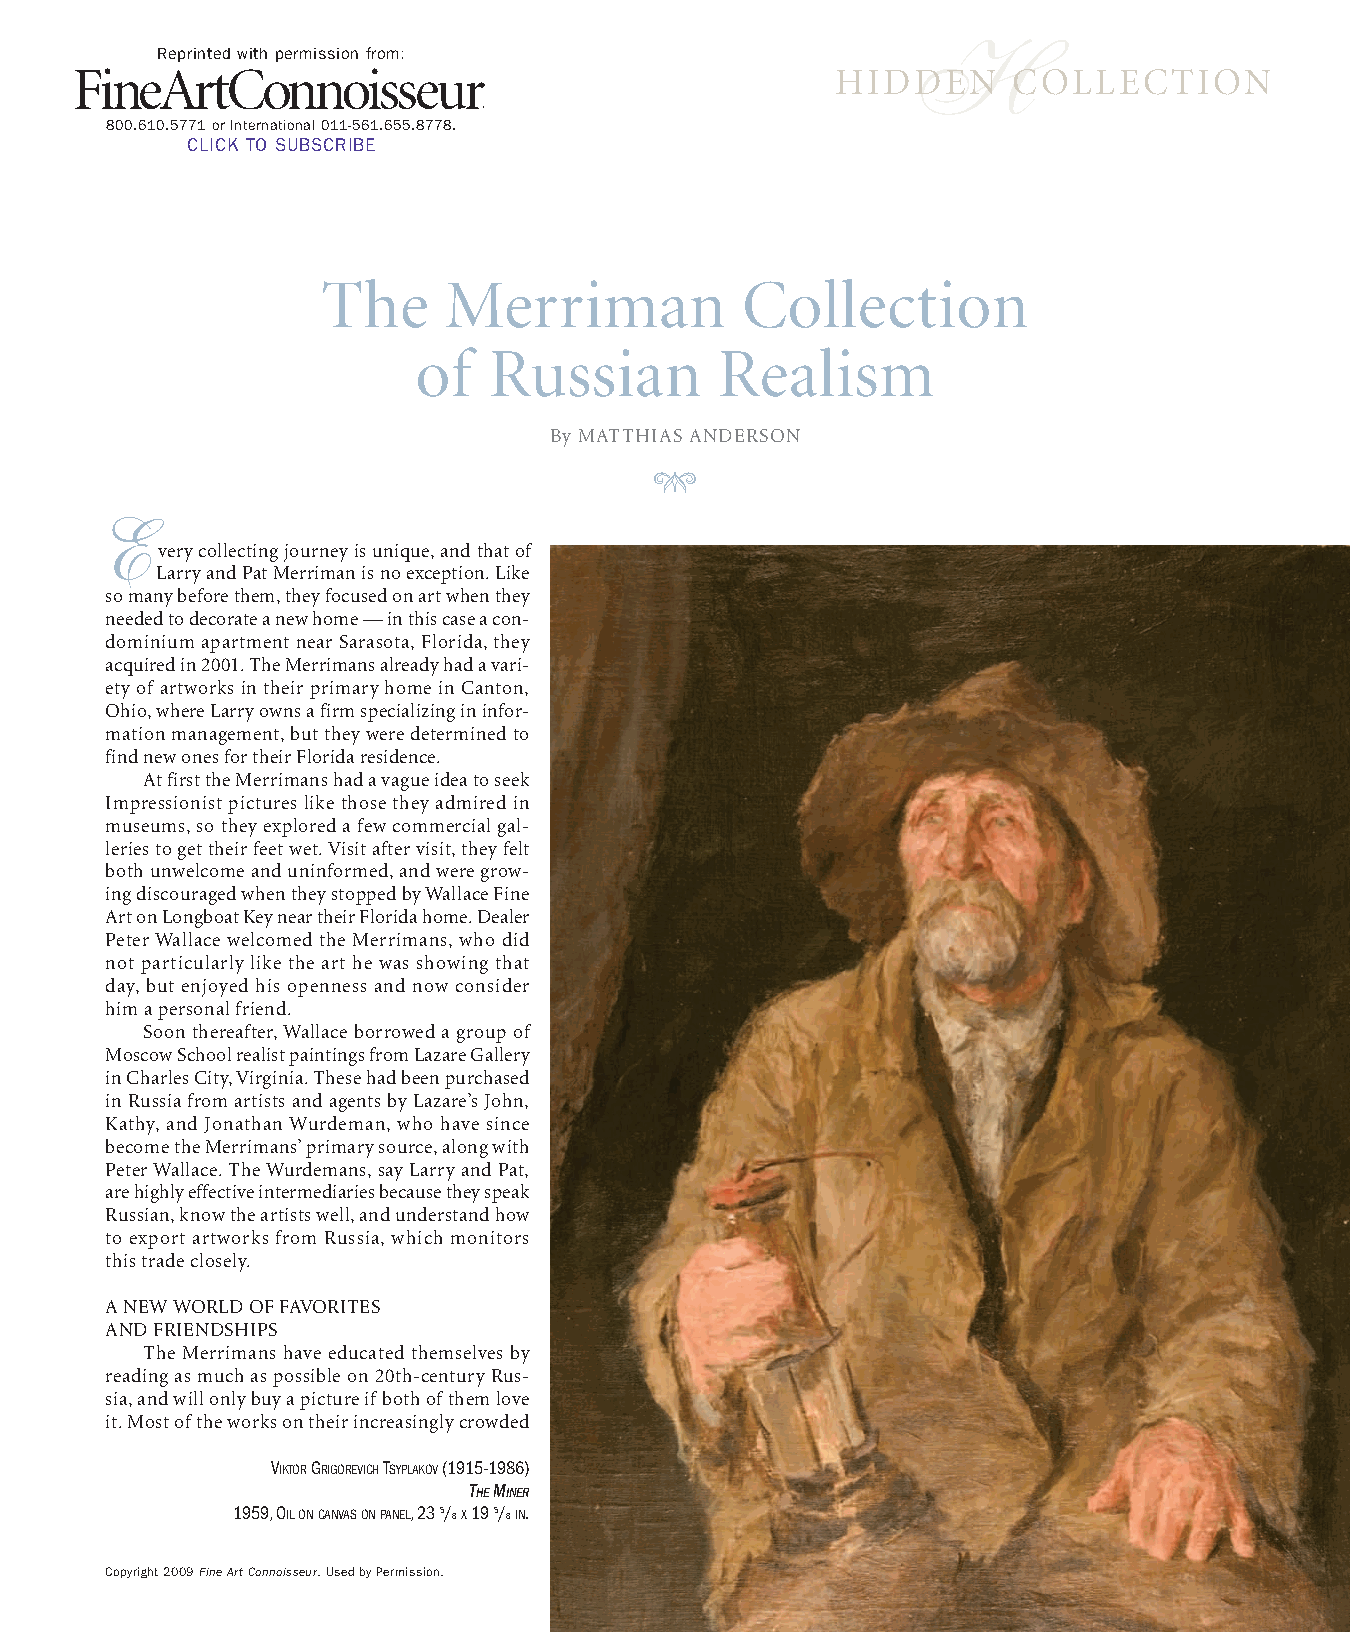
Reprinted with permission from:                    H
 HIDDEN      COLLECTION
 800.610.5771 or International 011-561.655.8778.
 CLICK TO SUBSCRIBE
 The     Merriman            Collection
 of  Russian         Realism
 By MATTHIAS ANDERSON
 GH
 E
 very collecting journey is unique, and that of
 Larry and Pat Merriman is no exception. Like
 so many before them, they focused on art when they
 needed to decorate a new home — in this case a con-
 dominium apartment near Sarasota, Florida, they
 acquired in 2001. The Merrimans already had a vari-
 ety of artworks in their primary home in Canton,
 Ohio, where Larry owns a firm specializing in infor-
 mation management, but they were determined to
 find new ones for their Florida residence.
 At first the Merrimans had a vague idea to seek
 Impressionist pictures like those they admired in
 museums, so they explored a few commercial gal-
 leries to get their feet wet. Visit after visit, they felt
 both unwelcome and uninformed, and were grow-
 ing discouraged when they stopped by Wallace Fine
 Art on Longboat Key near their Florida home. Dealer
 Peter Wallace welcomed the Merrimans, who did
 not particularly like the art he was showing that
 day, but enjoyed his openness and now consider
 him a personal friend.
 Soon thereafter, Wallace borrowed a group of
 Moscow School realist paintings from Lazare Gallery
 in Charles City, Virginia. These had been purchased
 in Russia from artists and agents by Lazare’s John,
 Kathy, and Jonathan Wurdeman, who have since
 become the Merrimans’ primary source, along with
 Peter Wallace. The Wurdemans, say Larry and Pat,
 are highly effective intermediaries because they speak
 Russian, know the artists well, and understand how
 to export artworks from Russia, which monitors
 this trade closely.
 A NEW WORLD OF FAVORITES
 AND FRIENDSHIPS
 The Merrimans have educated themselves by
 reading as much as possible on 20th-century Rus-
 sia, and will only buy a picture if both of them love
 it. Most of the works on their increasingly crowded
 VIKTORGRIGOREVICHTSYPLAKOV(1915-1986)
 THEMINER
 1959, OILONCANVASONPANEL, 23 5/ 8X19 5/ 8IN.
 Copyright 2009 Fine Art Connoisseur. Used by Permission.